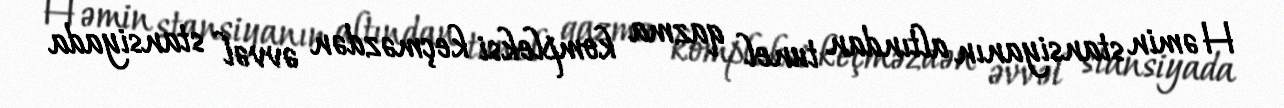
Həmin stansiyanın altından tunel qazma kompleksi keçməzdən əvvəl stansiyada